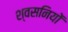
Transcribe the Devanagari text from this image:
श्वसनियों